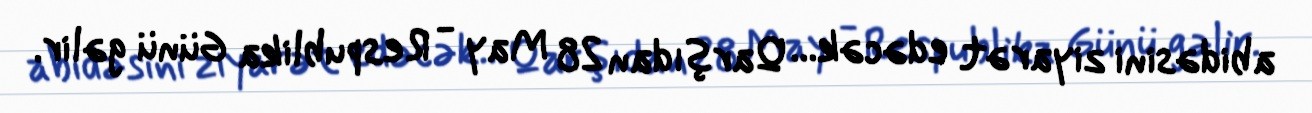
abidəsini ziyarət edəcək... Qarşıdan 28 May - Respublika Günü gəlir.